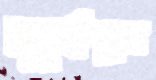
সূর্যপুত্র